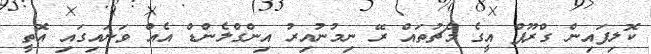
ކޮލިފައިން ގްރޫޕް އީގެ މެޗުތައް ރޭ ނިމުނުއިރު އިންގްލެންޑް އެއް ވަނައިގައި އޮތީ